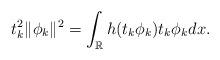
LaTeX: \begin{align*}{t_k^2\|\phi_k\|^2=\int_{\mathbb R} h(t_k\phi_k)t_k\phi_kdx.}\end{align*}